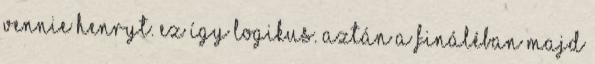
vennie Henryt. Ez így logikus. Aztán a fináléban majd